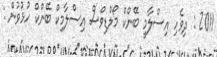
2011 : ދިވެހި އިސްލާމީ ބޭންކް މޯލްޑިވްސް އިސްލާމިކް ބޭންކް ހުޅުވުން :